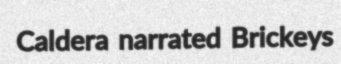
Caldera narrated Brickeys